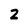
Character: 2